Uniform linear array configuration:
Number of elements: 16
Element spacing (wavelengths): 0.25
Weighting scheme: binomial
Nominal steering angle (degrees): -30
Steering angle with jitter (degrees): -30.132
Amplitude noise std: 0.05
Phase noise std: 0.05

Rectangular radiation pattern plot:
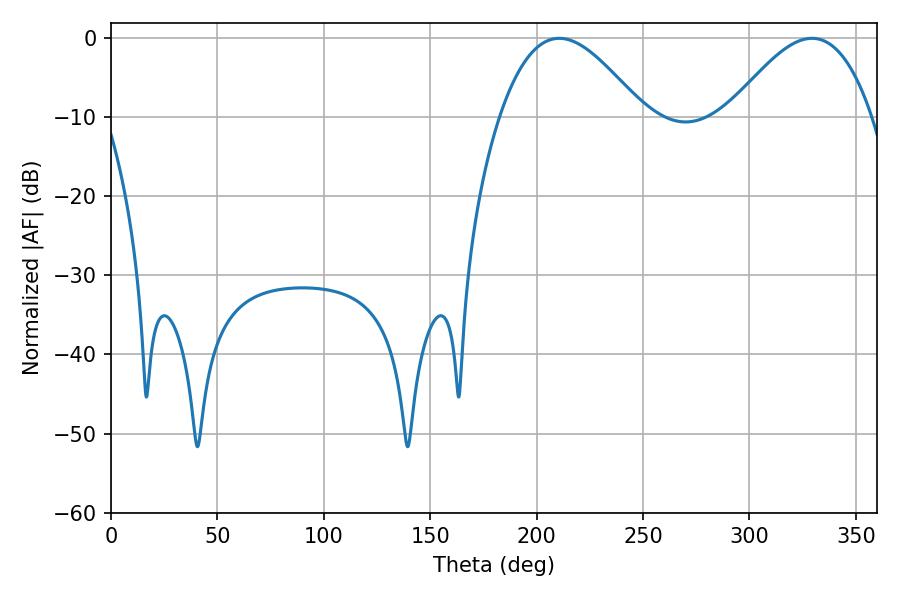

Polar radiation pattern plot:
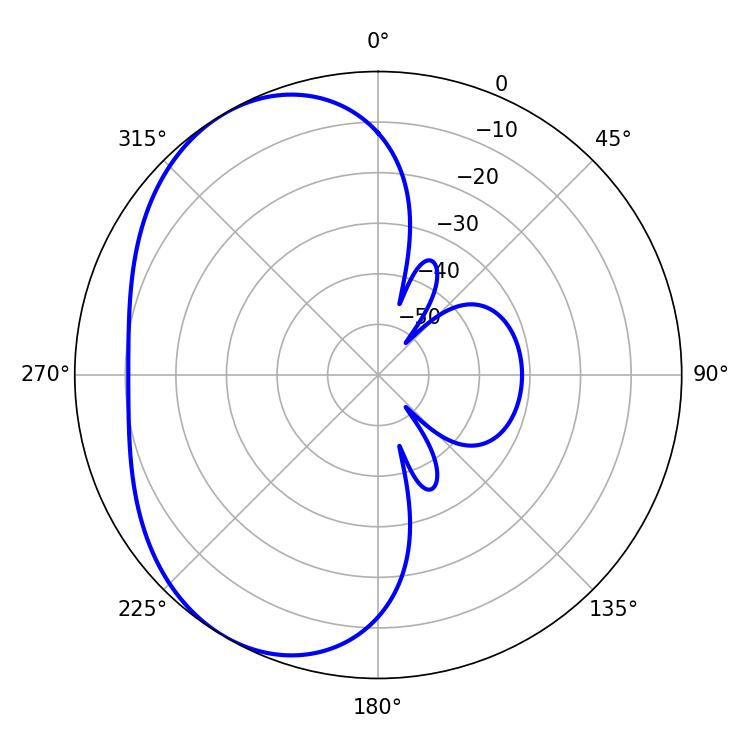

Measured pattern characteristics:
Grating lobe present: FALSE
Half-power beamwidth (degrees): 36.36
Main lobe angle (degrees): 210.6